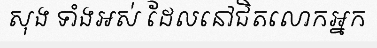
សុង ទាំងអស់ ដែលនៅជិតលោកអ្នក